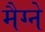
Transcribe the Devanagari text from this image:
मैग्ने